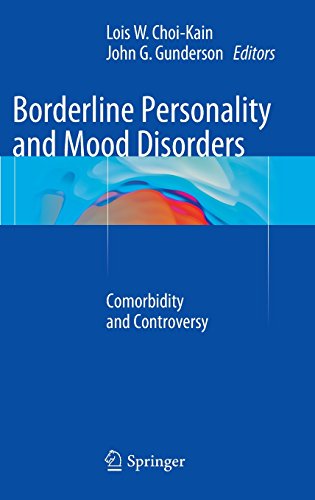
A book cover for Borderline Personality and Mood Disorders: Comorbidity and Controversy; Medical Books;